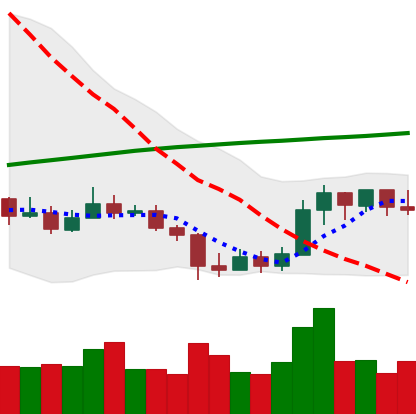
Ticker: LINK-USD
Chart end date: 2019-09-23
Forward return: -6.638%
Label: down_5_7